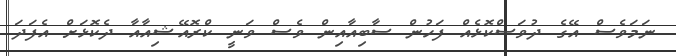
ނަމަވެސް އޭގެ ދުވަސްކޮޅެއް ފަހުން ސާބިއާއިން ވެސް ވަނީ ކްރޮއޭޝިއާއާ ދެކޮޅަށް އެފަދަ